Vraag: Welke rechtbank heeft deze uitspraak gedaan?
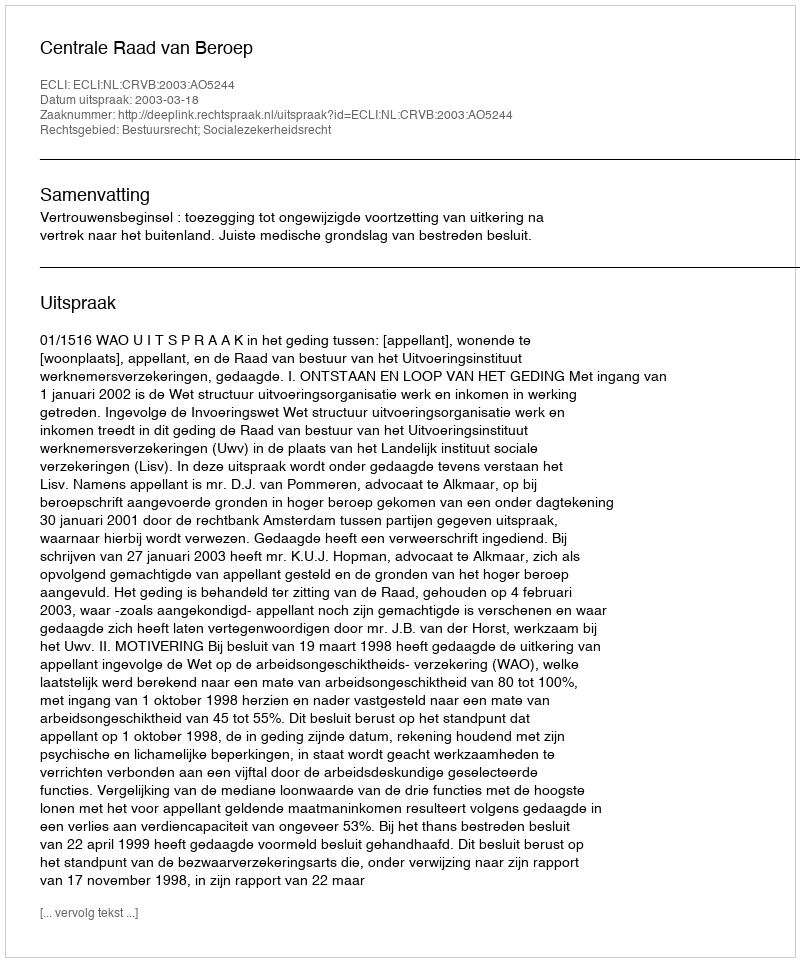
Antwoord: Centrale Raad van Beroep